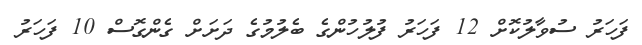
ފަހަރު ސުވާލުކޮށް 12 ފަހަރު ފުލުހުންގެ ބެލުމުގެ ދަށަށް ގެންގޮސް 10 ފަހަރު